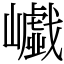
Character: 𡾟